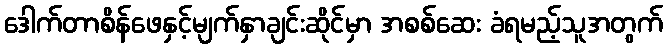
ဒေါက်တာစိန်ဖေနှင့်မျက်နှာချင်းဆိုင်မှာ အစစ်ဆေး ခံရမည့်သူအတွက်